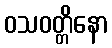
ဝသဝတ္တိနော